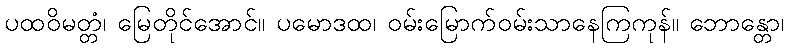
ပထဝိမတ္တံ၊ မြေတိုင်အောင်။ ပမောဒထ၊ ဝမ်းမြောက်ဝမ်းသာနေကြကုန်။ ဘောန္တော၊